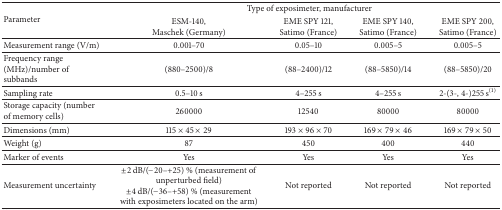
<table><thead><tr><td rowspan="2"><b>Parameter</b></td><td colspan="4"><b>Type of exposimeter, manufacturer</b></td></tr><tr><td><b>ESM-140, Maschek (Germany)</b></td><td><b>EME SPY 121, Satimo (France)</b></td><td><b>EME SPY 140, Satimo (France)</b></td><td><b>EME SPY 200, Satimo (France)</b></td></tr></thead><tbody><tr><td>Measurement range (V/m)</td><td>0.001–70</td><td>0.05–10</td><td>0.005–5</td><td>0.005–5</td></tr><tr><td>Frequency range (MHz)/number of subbands</td><td>(880–2500)/8</td><td>(88–2400)/12</td><td>(88–5850)/14</td><td>(88–5850)/20</td></tr><tr><td>Sampling rate</td><td>0.5–10 s</td><td>4–255 s</td><td>4–255 s</td><td>2-(3-, 4-)255 s<sup>(1)</sup></td></tr><tr><td>Storage capacity (number of memory cells)</td><td>260000</td><td>12540</td><td>80000</td><td>80000</td></tr><tr><td>Dimensions (mm)</td><td>115 × 45 × 29</td><td>193 × 96 × 70</td><td>169 × 79 × 46</td><td>169 × 79 × 50</td></tr><tr><td>Weight (g)</td><td>87</td><td>450</td><td>400</td><td>440</td></tr><tr><td>Marker of events</td><td>Yes</td><td>Yes</td><td>Yes</td><td>Yes</td></tr><tr><td>Measurement uncertainty </td><td>±2 dB/(−20–+25) % (measurement of unperturbed field) ±4 dB/(−36–+58) % (measurement with exposimeters located on the arm)</td><td>Not reported</td><td>Not reported</td><td>Not reported</td></tr></tbody></table>